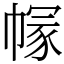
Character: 𢄐